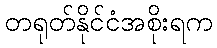
တရုတ်နိုင်ငံအစိုးရက